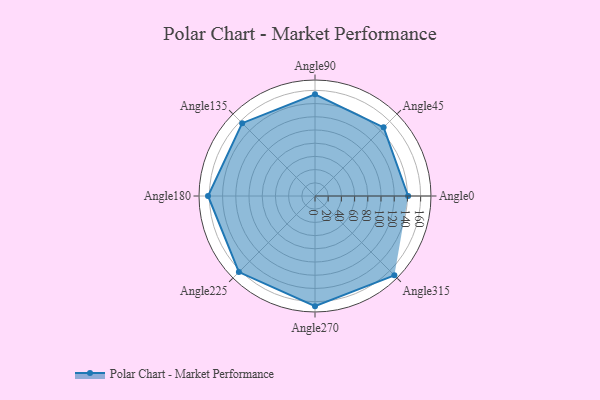
{"axis": {"x": "Angle", "y": "Radius"}, "legend": [""], "data": [{"x": "Angle0", "y": 141.0, "type": ""}, {"x": "Angle45", "y": 147.0, "type": ""}, {"x": "Angle90", "y": 154.0, "type": ""}, {"x": "Angle135", "y": 156.0, "type": ""}, {"x": "Angle180", "y": 162.0, "type": ""}, {"x": "Angle225", "y": 163.0, "type": ""}, {"x": "Angle270", "y": 167.0, "type": ""}, {"x": "Angle315", "y": 170, "type": ""}]}